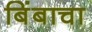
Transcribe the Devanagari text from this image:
बिंबाचा